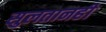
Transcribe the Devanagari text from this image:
सुलतानही